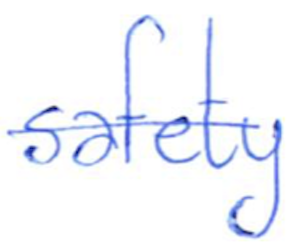
Text: safety
Cross-out: single-line
Writing tool: ballpoint